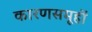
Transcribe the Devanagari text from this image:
कारणसमूहों